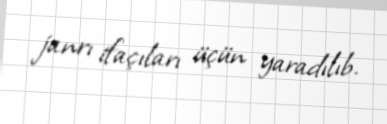
janrı ifaçıları üçün yaradılıb.